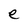
Character: e